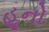
હૂનો